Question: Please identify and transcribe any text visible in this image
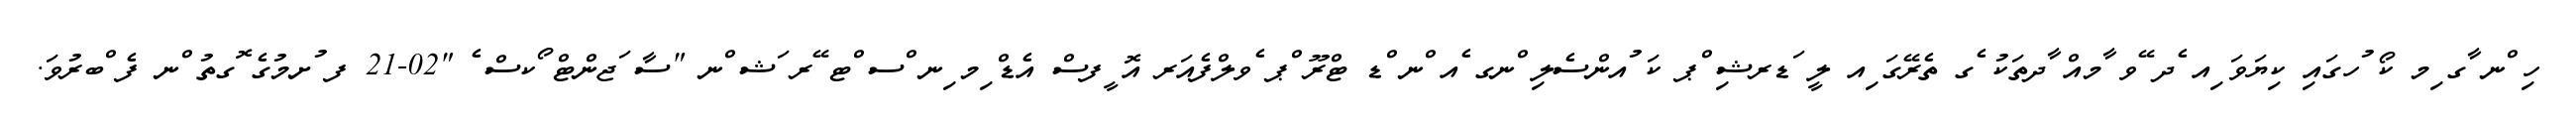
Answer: ހި ްނ ާގ ިމ ކޯ ުހގައި ކިޔަވަ ިއ ެދ ޭވ ާމއް ާދތަކު ެގ ތެރޭގަ ިއ ލީ ަޑރޝި ްޕ ކަ ުއންސެލި ްނގ ެއ ްނ ްޑ ޓްރޫ ްޕ ެވލްފެއަރ އޮ ީފސް އެޑް ިމ ިނ ްސ ްޓ ޭރ ަޝ ްނ "ސާ ަޖންޓް ޯކސް ެ "02-21 ފ ުށމުގެ ޮގތު ްނ ފެ ްބރުވަ.